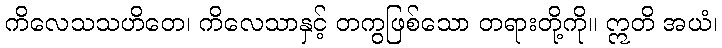
ကိလေသသဟိတေ၊ ကိလေသာနှင့် တကွဖြစ်သော တရားတို့ကို။ ဣတိ အယံ၊